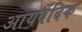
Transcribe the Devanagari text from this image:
आयर्वैदिक